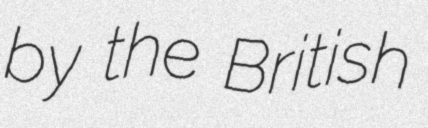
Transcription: by the British